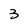
Character: 3